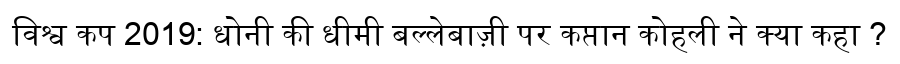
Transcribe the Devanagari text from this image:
विश्व कप 2019: धोनी की धीमी बल्लेबाज़ी पर कप्तान कोहली ने क्या कहा ?